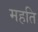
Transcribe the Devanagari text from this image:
महति